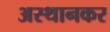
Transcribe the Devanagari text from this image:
अस्थानकर